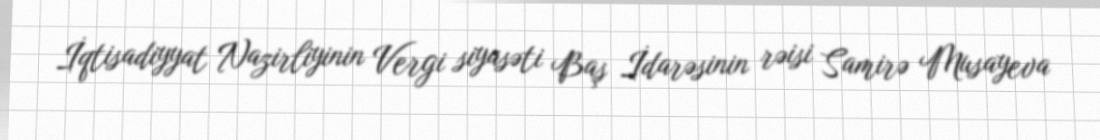
İqtisadiyyat Nazirliyinin Vergi siyasəti Baş İdarəsinin rəisi Samirə Musayeva